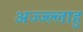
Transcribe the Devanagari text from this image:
अज्ज्ल्लाहु